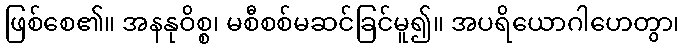
ဖြစ်စေ၏။ အနနုဝိစ္စ၊ မစီစစ်မဆင်ခြင်မူ၍။ အပရိယောဂါဟေတွာ၊